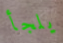
يلجأ